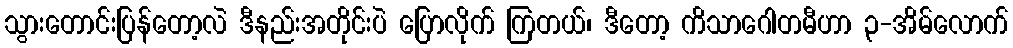
သွားတောင်းပြန်တော့လဲ ဒီနည်းအတိုင်းပဲ ပြောလိုက် ကြတယ်၊ ဒီတော့ ကိသာဂေါတမီဟာ ၃-အိမ်လောက်